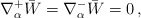
\begin{align*} \nabla^+_\alpha\bar W = \nabla^-_\alpha\bar W = 0\,,\end{align*}